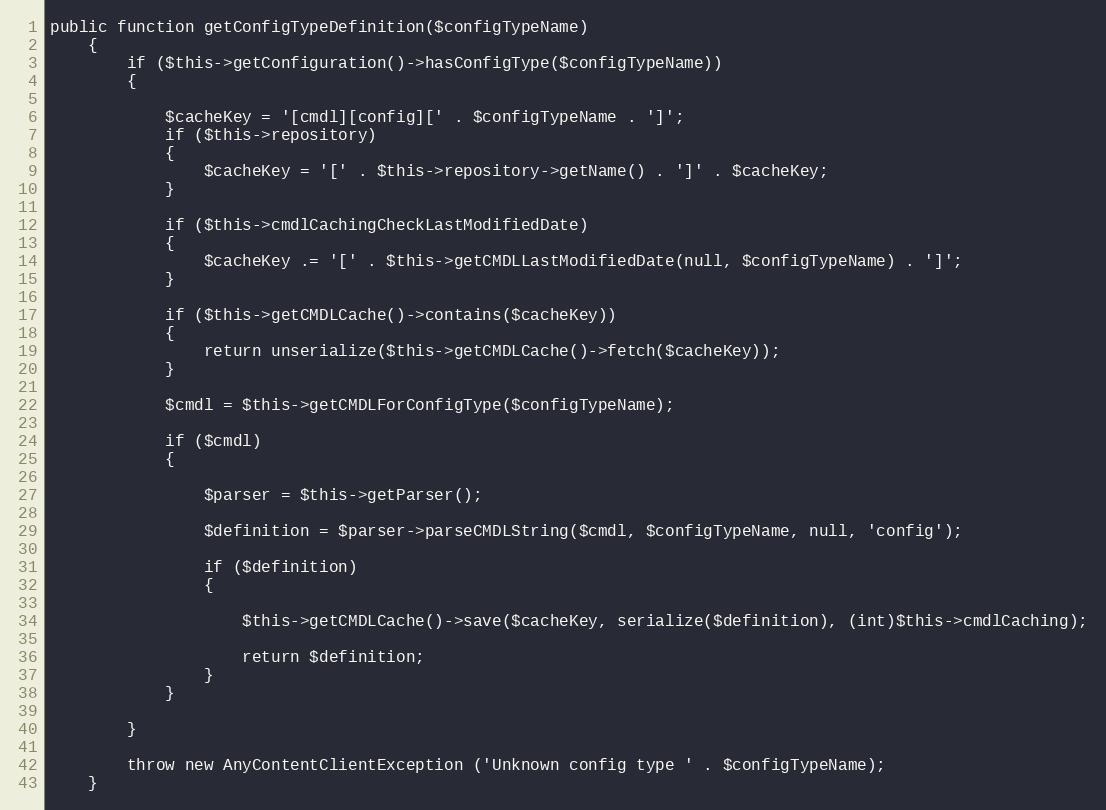
Language: PHP
public function getConfigTypeDefinition($configTypeName)
    {
        if ($this->getConfiguration()->hasConfigType($configTypeName))
        {

            $cacheKey = '[cmdl][config][' . $configTypeName . ']';
            if ($this->repository)
            {
                $cacheKey = '[' . $this->repository->getName() . ']' . $cacheKey;
            }

            if ($this->cmdlCachingCheckLastModifiedDate)
            {
                $cacheKey .= '[' . $this->getCMDLLastModifiedDate(null, $configTypeName) . ']';
            }

            if ($this->getCMDLCache()->contains($cacheKey))
            {
                return unserialize($this->getCMDLCache()->fetch($cacheKey));
            }

            $cmdl = $this->getCMDLForConfigType($configTypeName);

            if ($cmdl)
            {

                $parser = $this->getParser();

                $definition = $parser->parseCMDLString($cmdl, $configTypeName, null, 'config');

                if ($definition)
                {

                    $this->getCMDLCache()->save($cacheKey, serialize($definition), (int)$this->cmdlCaching);

                    return $definition;
                }
            }

        }

        throw new AnyContentClientException ('Unknown config type ' . $configTypeName);
    }